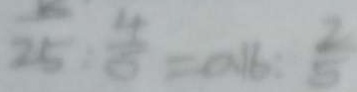
2 5 : \frac { 4 } { 5 } = 0 . 1 6 : \frac { 2 } { 5 }